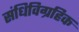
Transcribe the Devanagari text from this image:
संधिविग्रहिक